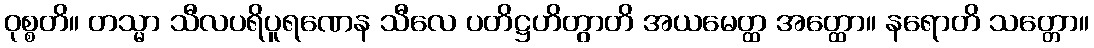
ဝုစ္စတိ။ တသ္မာ သီလပရိပူရဏေန သီလေ ပတိဋ္ဌဟိတွာတိ အယမေတ္ထ အတ္ထော။ နရောတိ သတ္တော။